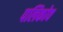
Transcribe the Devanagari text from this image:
पलिकोव